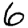
Digit: 6